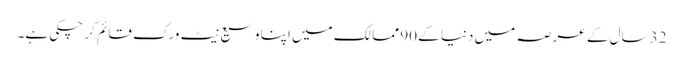
32 سال کے عرصہ میں دنیا کے 90 ممالک میں اپنا وسیع نیٹ ورک قائم کر چکی ہے۔